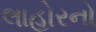
લાહોરનો